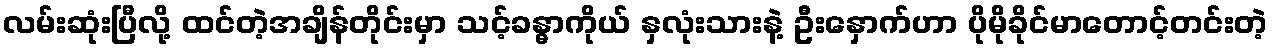
လမ်းဆုံးပြီလို့ ထင်တဲ့အချိန်တိုင်းမှာ သင့်ခန္ဓာကိုယ် နှလုံးသားနဲ့ ဦးနှောက်ဟာ ပိုမိုခိုင်မာတောင့်တင်းတဲ့